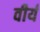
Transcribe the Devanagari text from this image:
वीर्यं